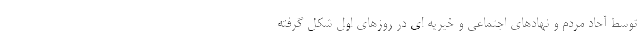
توسط آحاد مردم و نهادهای اجتماعی و خیریه ای در روزهای اول شکل گرفته